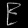
Digit: ၉